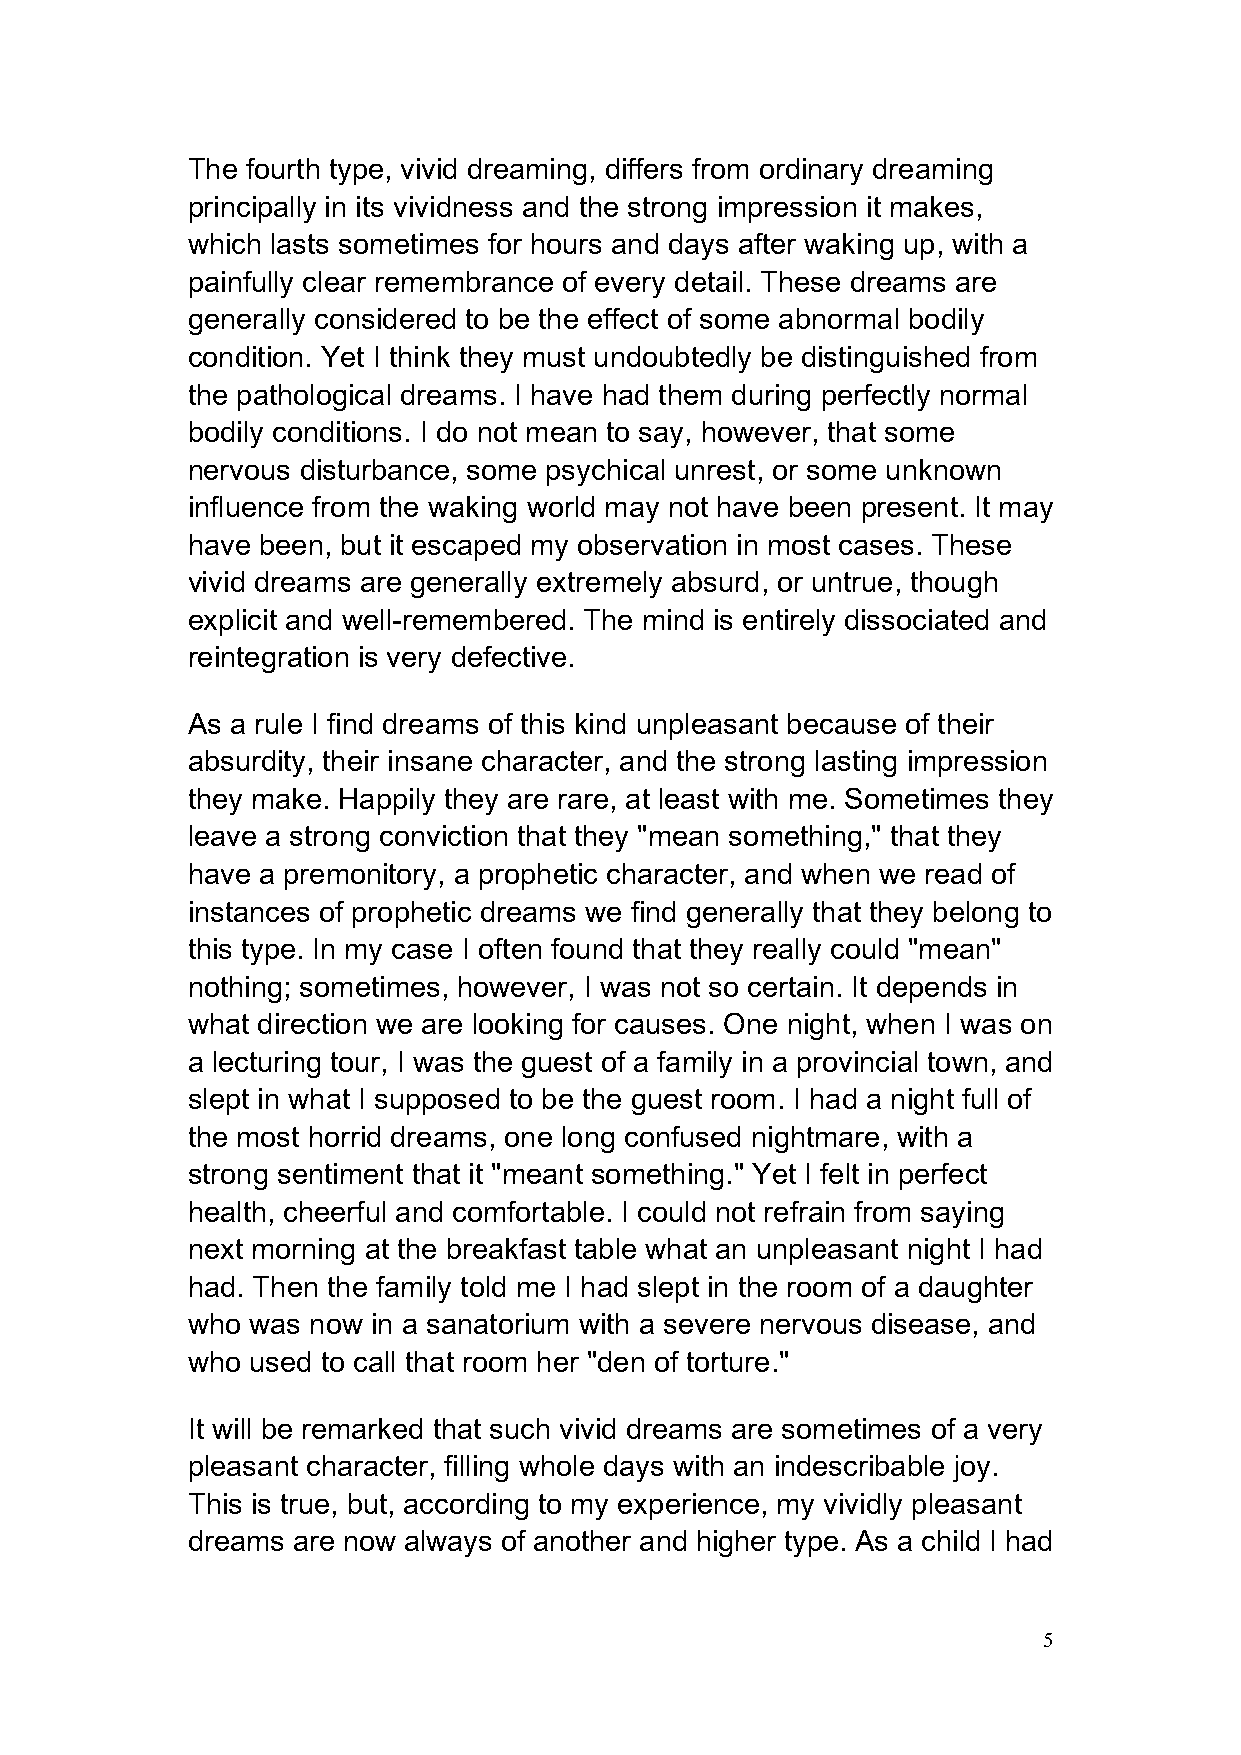
The fourth type, vivid dreaming, differs from ordinary dreaming
 principally in its vividness and the strong impression it makes,
 which lasts sometimes for hours and days after waking up, with a
 painfully clear remembrance of every detail. These dreams are
 generally considered to be the effect of some abnormal bodily
 condition. Yet I think they must undoubtedly be distinguished from
 the pathological dreams. I have had them during perfectly normal
 bodily conditions. I do not mean to say, however, that some
 nervous disturbance, some psychical unrest, or some unknown
 influence from the waking world may not have been present. It may
 have been, but it escaped my observation in most cases. These
 vivid dreams are generally extremely absurd, or untrue, though
 explicit and well-remembered. The mind is entirely dissociated and
 reintegration is very defective.
 As a rule I find dreams of this kind unpleasant because of their
 absurdity, their insane character, and the strong lasting impression
 they make. Happily they are rare, at least with me. Sometimes they
 leave a strong conviction that they "mean something," that they
 have a premonitory, a prophetic character, and when we read of
 instances of prophetic dreams we find generally that they belong to
 this type. In my case I often found that they really could "mean"
 nothing; sometimes, however, I was not so certain. It depends in
 what direction we are looking for causes. One night, when I was on
 a lecturing tour, I was the guest of a family in a provincial town, and
 slept in what I supposed to be the guest room. I had a night full of
 the most horrid dreams, one long confused nightmare, with a
 strong sentiment that it "meant something." Yet I felt in perfect
 health, cheerful and comfortable. I could not refrain from saying
 next morning at the breakfast table what an unpleasant night I had
 had. Then the family told me I had slept in the room of a daughter
 who was now  in a sanatorium with a severe nervous disease, and
 who used to call that room her "den of torture."
 It will be remarked that such vivid dreams are sometimes of a very
 pleasant character, filling whole days with an indescribable joy.
 This is true, but, according to my experience, my vividly pleasant
 dreams are now always of another and higher type. As a child I had
 5